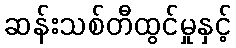
ဆန်းသစ်တီထွင်မှုနှင့်